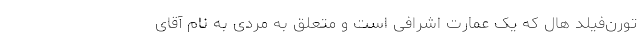
تورن‌فیلد هال که یک عمارت اشرافی است و متعلق به مردی به نام آقای